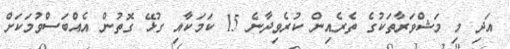
އަދި މި މަޝްވަރާތަކުގެ ތެރެއިން ކުރެވިދާނެ 15 ކަމަކާއި ގުޅޭ ގޮތުން އެއްބަސްވުމަކަށް